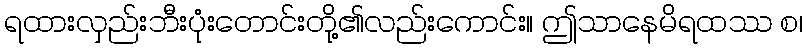
ရထားလှည်းဘီးပုံးတောင်းတို့၏လည်းကောင်း။ ဤသာနေမိရထဿ စ၊